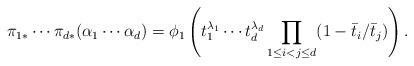
LaTeX: \begin{align*}\pi_{1*}\cdots \pi_{d*}(\alpha_1\cdots\alpha_d)=\phi_1\left( t_1^{\lambda_1}\cdots t_{d}^{\lambda_{d}} \prod_{1\leq i<j\leq {d}}(1-\bar t_i/\bar t_j)\right).\end{align*}